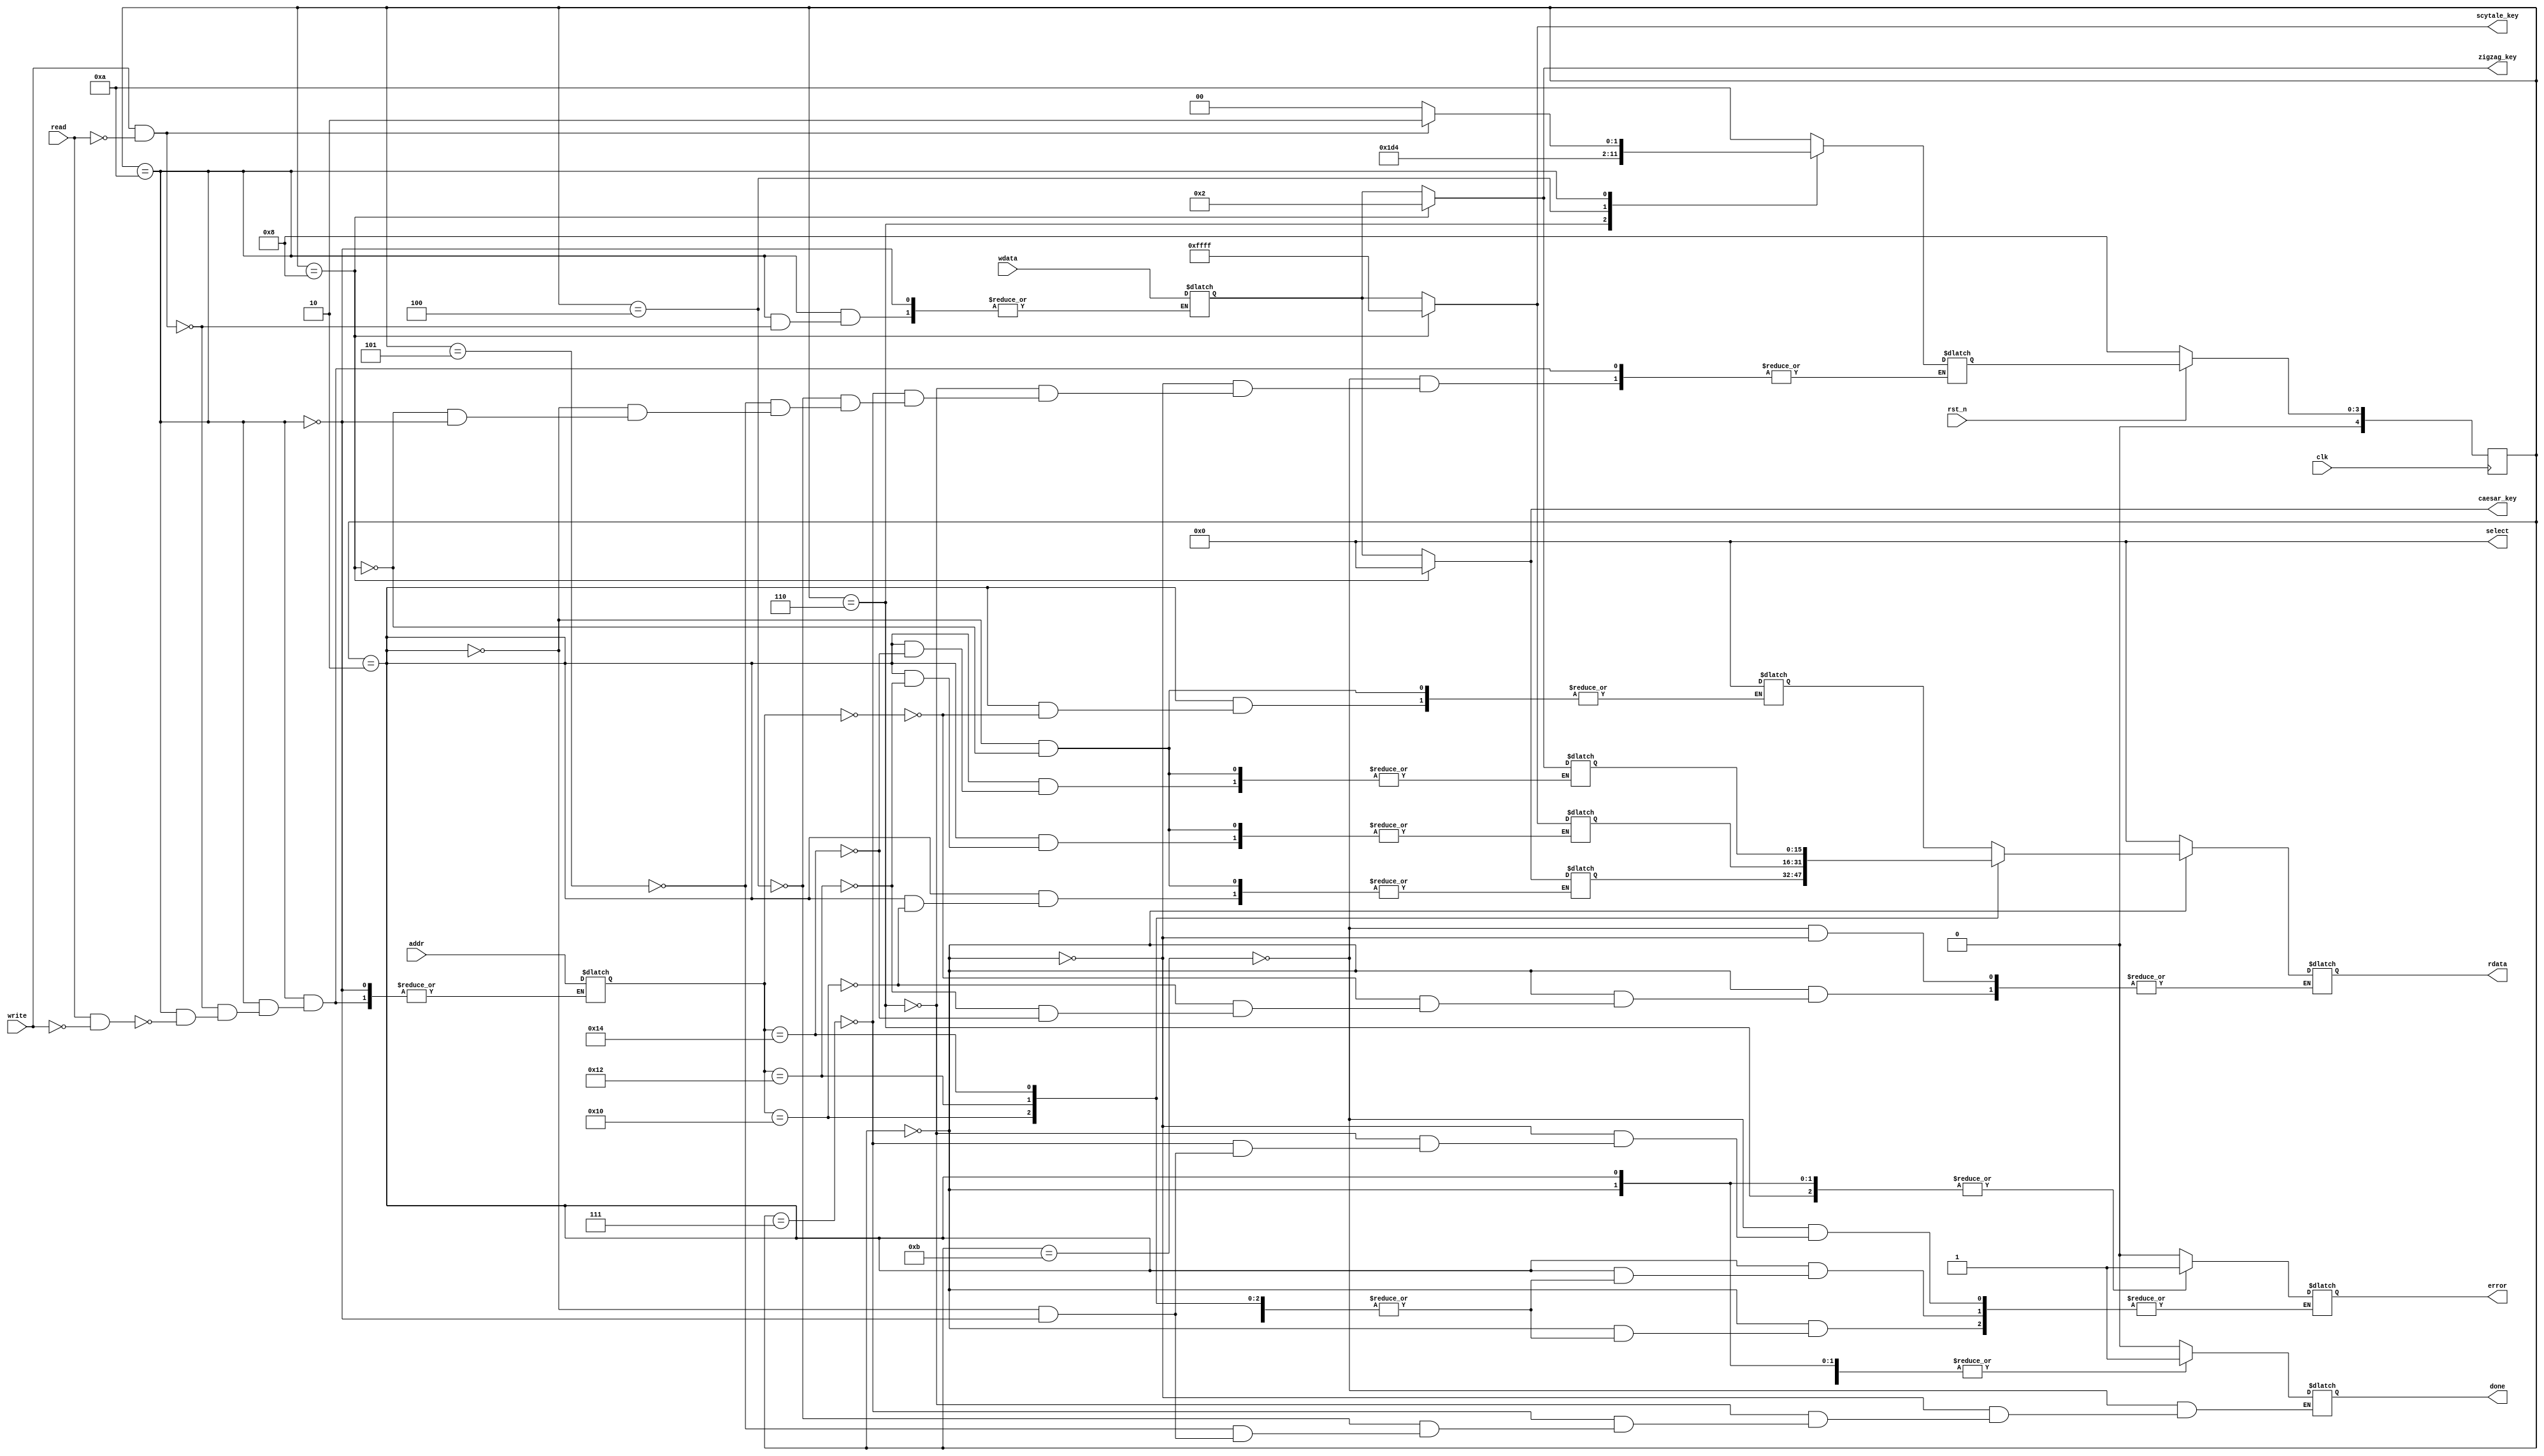
`timescale 1ns / 1ps
//////////////////////////////////////////////////////////////////////////////////
// Company: 
// Engineer: 
// 
// Design Name: 
// Module Name:    decryption_regfile 
// Project Name: 
// Target Devices: 
// Tool versions: 
// Description: 
//
// Dependencies: 
//
// Revision: 
// Revision 0.01 - File Created
// Additional Comments: 
//
//////////////////////////////////////////////////////////////////////////////////
module decryption_regfile #(
			parameter addr_witdth = 8,
			parameter reg_width 	 = 16
		)(
			// Clock and reset interface
			input clk, 
			input rst_n,
			
			// Register access interface
			input[addr_witdth - 1:0] addr,
			input read,
			input write,
			input [reg_width -1 : 0] wdata,
			output reg [reg_width -1 : 0] rdata,
			output reg done,
			output reg error,
			
			// Output wires
			output reg[reg_width - 1 : 0] select,
			output reg[reg_width - 1 : 0] caesar_key,
			output reg[reg_width - 1 : 0] scytale_key,
			output reg[reg_width - 1 : 0] zigzag_key
    );
	 reg[reg_width -1 : 0] wdataAux;
 reg[reg_width - 1 : 0] selectAux;
 reg[reg_width - 1 : 0] caesarAux;
 reg[reg_width - 1 : 0] scytaleAux;
 reg[reg_width - 1 : 0] zigzagAux;
reg[addr_witdth - 1:0] addrAux=0;
reg[4:0] state=11, next_state=11;
reg op;
`define READ 0
`define WRITE 2
`define DONE 4
`define ERROR 6
`define RESET 8
`define WAITING 10
`define INIT 11

always @(posedge clk)
	begin

state<=`RESET;
if (rst_n!=0)
state<=next_state;
	end



always @(*)
begin


	case(state)
		`INIT:
				begin rdata=0; error=0; done=0; 
				next_state=`WAITING;
				end 				
		`READ:
				begin

				case(addrAux)
					8'h00:begin next_state=`WAITING;  rdata=selectAux; done=1; $display("read at %h",8'h00); end
					8'h10:begin  next_state=`WAITING; rdata=caesarAux; done=1; $display("read at %h",8'h10); end
					8'h12:begin next_state=`WAITING; rdata = scytaleAux; done=1; $display("read at %h",8'h12); end
					8'h14:begin next_state=`WAITING; rdata = zigzagAux; done=1; $display("read at %h",8'h14); end
					default:begin next_state=`WAITING;  done=1; error=1; $display("read(error) at %h",addr); end 
				endcase
				end
				
		`ERROR: begin  error=1; done=1; next_state=`ERROR+1; end 
		
		`ERROR+1: begin  error=0; done=0; next_state=`WAITING;  end 
		
		`DONE: begin  											
				done=1; next_state=`DONE+1; 
				end 
				
		`DONE+1: begin  done=0; next_state=`WAITING; end 
		
		`WRITE:
				case(addrAux)
					8'h00:begin next_state=`WAITING;  selectAux=0; done=1; $display("write at %h value %h",addrAux,wdataAux); end //modificare selectAux=0 conform Albertp
					8'h10:begin  next_state=`WAITING;  caesarAux=wdataAux; done=1; $display("write at %h value %h",addrAux,wdataAux); end
					8'h12:begin  next_state=`WAITING;  scytaleAux=wdataAux; done=1; $display("write at %h value %h",addrAux,wdataAux); end
					8'h14:begin next_state=`WAITING;   zigzagAux=wdataAux; done=1; $display("write at %h value %h",addrAux,wdataAux); end
					default:begin next_state=`WAITING;  done=1; error=1; $display("write at %h value %h",addrAux,wdata); end 
					endcase
		`RESET: begin $display("RESET TRIGGERED"); selectAux=16'h0;  caesarAux=16'h0;   scytaleAux=16'hFFFF;   zigzagAux=16'h2; next_state=`WAITING; end
				
		`WAITING: begin        
				error=0;
				done=0;					
					if (read==1 && write!=1)
						begin next_state=`READ; addrAux=addr; end
						
					if (write==1 && read!=1)
						begin next_state=`WRITE; addrAux=addr; $display("addraux=%h and addr=%h", addrAux, addr); wdataAux=wdata; end
					
						end		
				
	endcase
	
	
select=selectAux;
caesar_key=caesarAux;
scytale_key=scytaleAux;
zigzag_key=zigzagAux;
end



	
endmodule